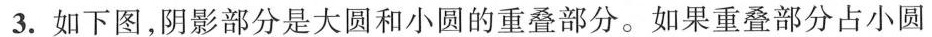
3.如下图，阴影部分是大圆和小圆的重叠部分。如果重叠部分占小圆